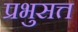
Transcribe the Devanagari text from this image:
प्रभुसत्त